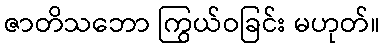
ဇာတိသဘော ကြွယ်ဝခြင်း မဟုတ်။